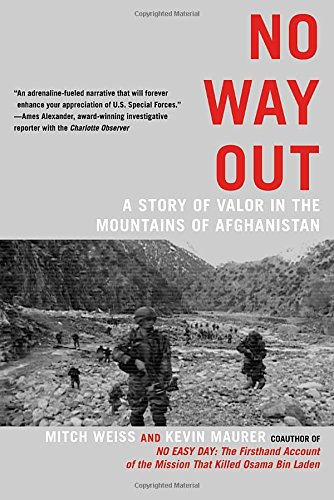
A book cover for No Way Out: A Story of Valor in the Mountains of Afghanistan; Mitch Weiss; History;